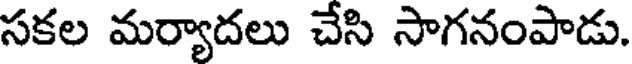
సకల మర్యాదలు చేసి సాగనంపాడు.